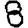
Digit: 8